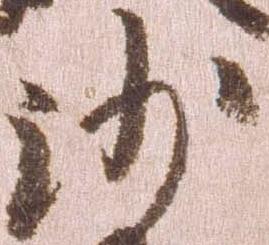
沙